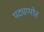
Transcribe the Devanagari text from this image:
पद्यप्पोर